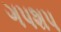
ગપશપ